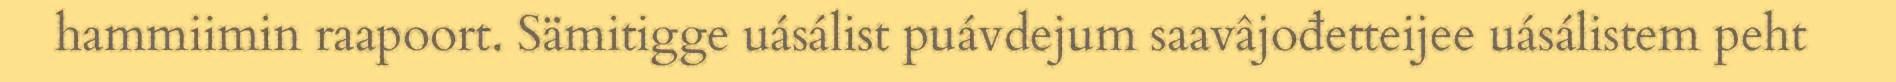
hammiimin raapoort. Sämitigge uásálist puávdejum saavâjođetteijee uásálistem peht